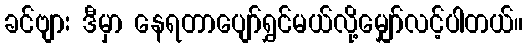
ခင်ဗျား ဒီမှာ နေရတာပျော်ရွှင်မယ်လို့မျှော်လင့်ပါတယ်။